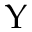
\Upsilon